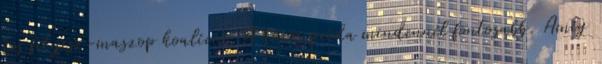
kis fityisz-maszop koalíció. A közös préda mindennél fontosabb. Amíg